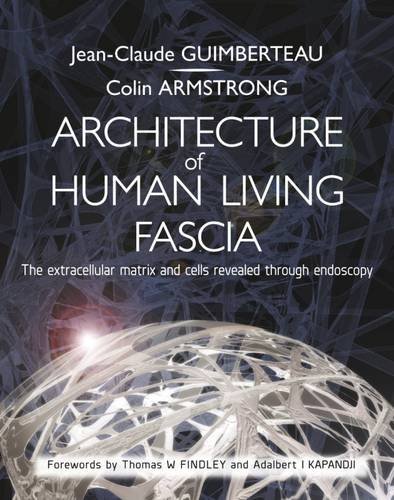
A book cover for Architecture of Human Living Fascia: The Extracellular Matrix and Cells Revealed Through Endoscopy; Jean-claude Guimberteau; Health, Fitness & Dieting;